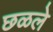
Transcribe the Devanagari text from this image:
छळले